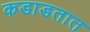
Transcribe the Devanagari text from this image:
कडाडतात